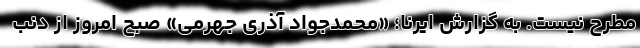
مطرح نیست. به گزارش ایرنا؛ «محمدجواد آذری جهرمی» صبح امروز از دنب